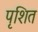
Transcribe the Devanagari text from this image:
पृशित